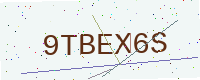
Text: 9TBEX6S